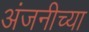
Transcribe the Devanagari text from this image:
अंजनीच्या